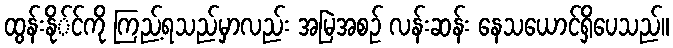
ထွန်းနို်င်ကို ကြည့်ရသည်မှာလည်း အမြဲအစဉ် လန်းဆန်း နေသယောင်ရှိပေသည်။